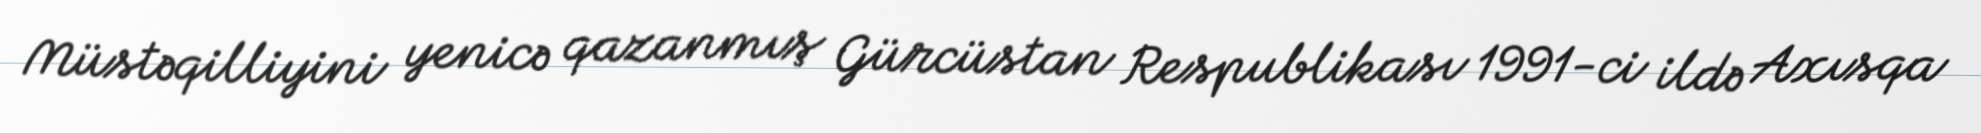
Müstəqilliyini yenicə qazanmış Gürcüstan Respublikası 1991-ci ildə Axısqa